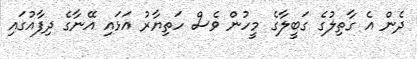
ދެން އެ ގާތިލުގެ ގަބީލާގެ މީހުން ވެސް ހަތިޔާރު އަޅައި އޭނާގެ ދިފާއުގައި